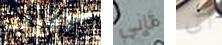
سيهرب ثانى الى